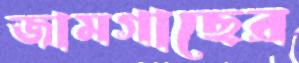
জামগাছের